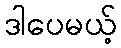
ဒါပေမယ့်